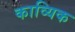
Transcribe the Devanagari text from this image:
काव्यिक